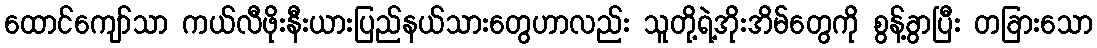
ထောင်ကျော်သာ ကယ်လီဖိုးနီးယားပြည်နယ်သားတွေဟာလည်း သူတို့ရဲ့အိုးအိမ်တွေကို စွန့်ခွာပြီး တခြားသော